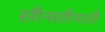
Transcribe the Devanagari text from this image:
सीनसीनाटी